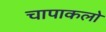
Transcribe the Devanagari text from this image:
चापाकलो